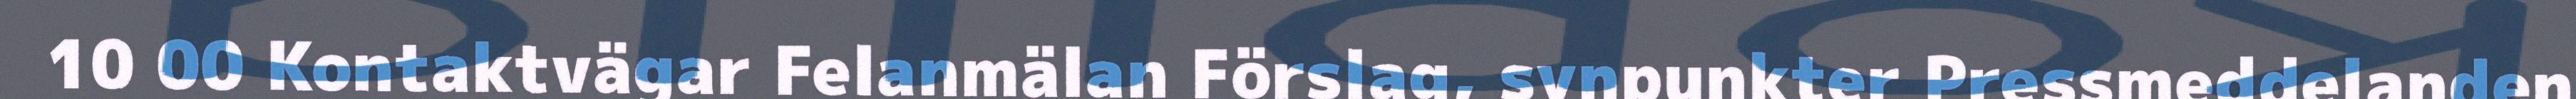
10 00 Kontaktvägar Felanmälan Förslag, synpunkter Pressmeddelanden